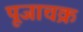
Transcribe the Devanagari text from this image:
पूजाचक्र